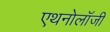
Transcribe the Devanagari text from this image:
एथनोलॉजी